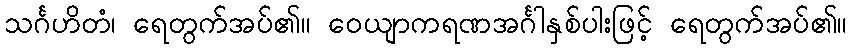
သင်္ဂဟိတံ၊ ရေတွက်အပ်၏။ ဝေယျာကရဏအင်္ဂါနှစ်ပါးဖြင့် ရေတွက်အပ်၏။